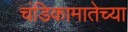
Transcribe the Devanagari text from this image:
चंडिकामातेच्या